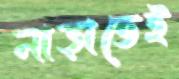
নাড়াতেই